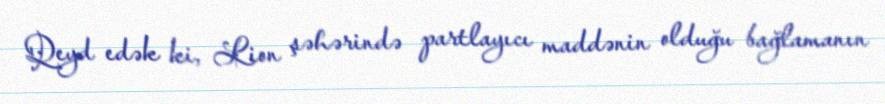
Qeyd edək ki, Lion şəhərində partlayıcı maddənin olduğu bağlamanın